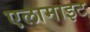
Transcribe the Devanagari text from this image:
एलामाइट